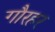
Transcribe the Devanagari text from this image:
गौरहर